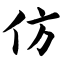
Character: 仿